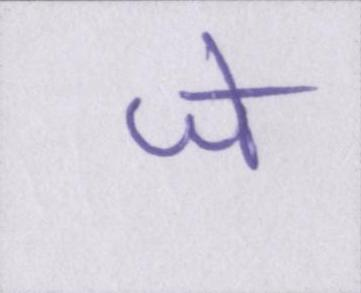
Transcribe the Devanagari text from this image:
जे